Annual report on the mental hospital in the Central Provinces and Berar (Nagpur) - 1927-1951
Year: 1927
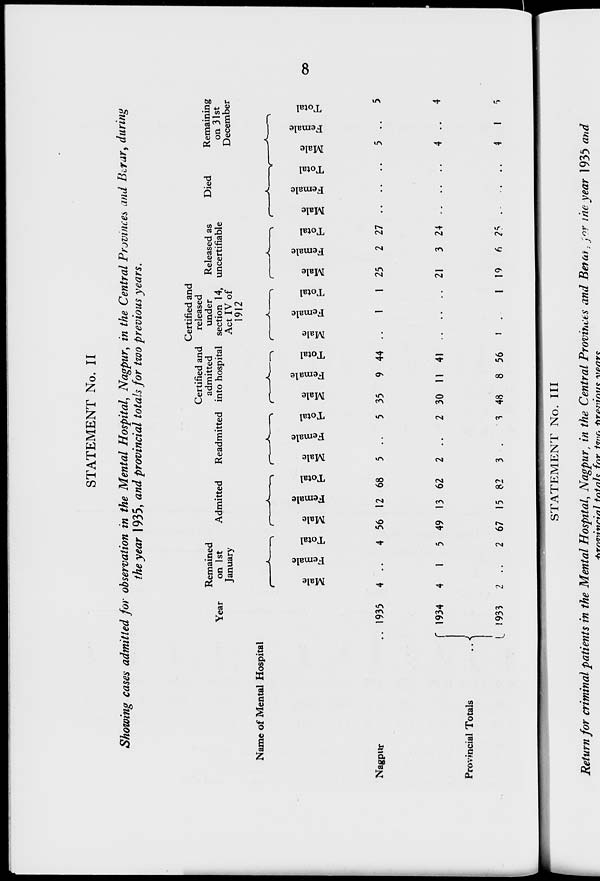
8
STATEMENT No. II
Showing cases admitted for observation in the Mental Hospital, Nagpur, in the Central Provinces and Berar, during
the year 1935, and provincial totals for two previous years.
Name of Mental Hospital
Nagpur ..
Provincial Totals
..
Year
1935
1934
1933
Remained
on 1st
January
Male
4
4
2
Female
..
1
..
Total
4
5
2
Admitted
Male
56
49
67
Female
12
13
15
Total
68
62
82
Readmitted
Male
5
2
3
Female
..
..
..
Total
5
2
3
Certified and
admitted
into hospital
Male
35
30
48
Female
9
11
8
Total
44
41
56
Certified and
released
under
section 14,
Act IV of
1912
Male
..
..
1
Female
1
..
..
Total
1
..
1
Released as
uncertifiable
Male
25
21
19
Female
2
3
6
Total
27
24
25
Died
Male
..
..
..
Female
..
..
..
Total
..
..
..
Remaining
on 31st
December
Male
5
4
4
Female
..
..
1
Total
5
4
5